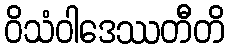
ဝိသံဝါဒေဿတီတိ